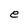
Character: e